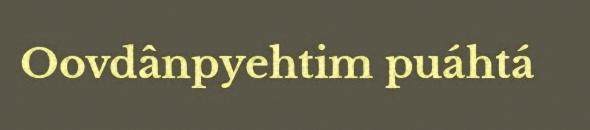
Oovdânpyehtim puáhtá